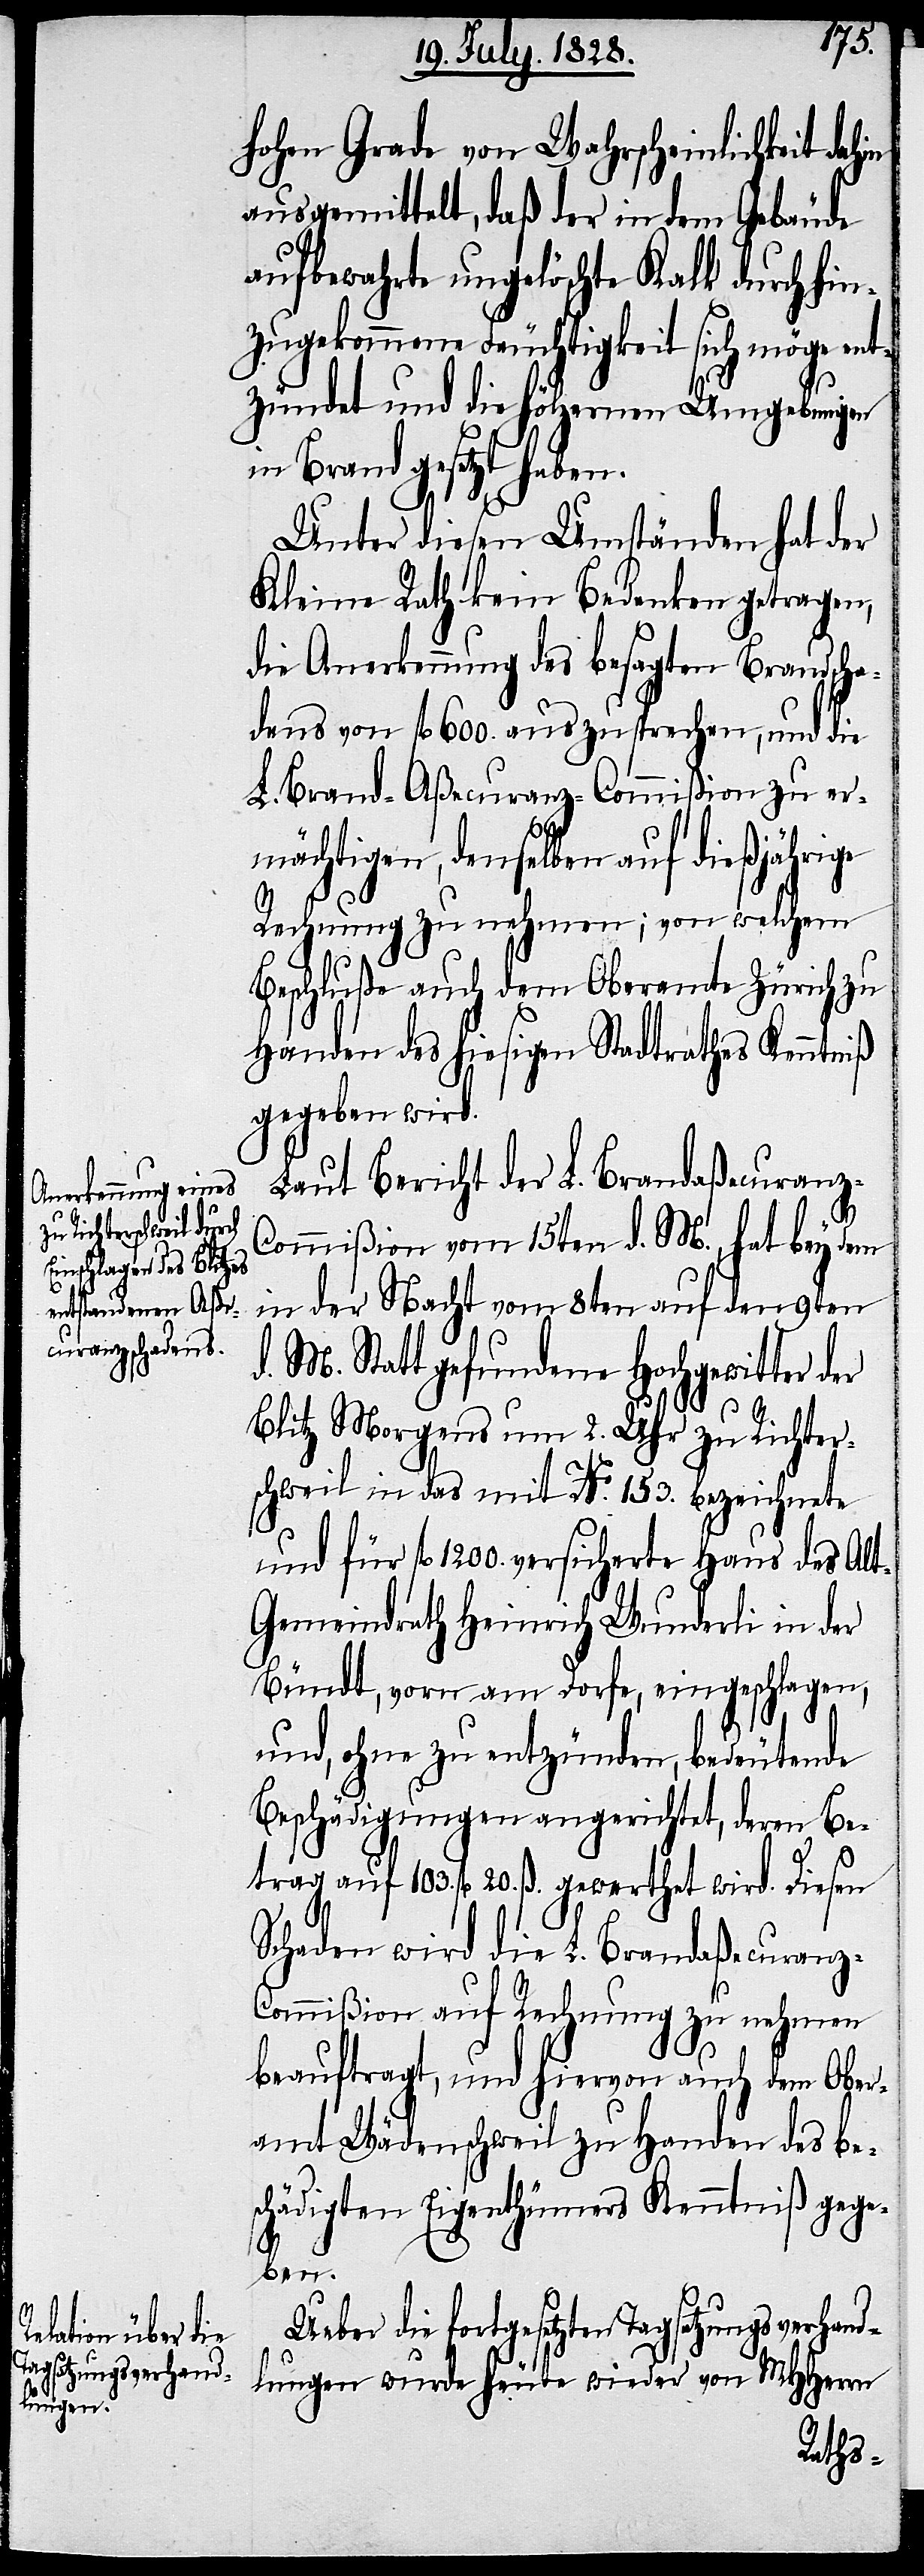
hohen Grade von Wahrscheinlichkeit dahin
ausgemittelt, daß der in dem Gebäude
aufbewahrte ungelöschte Kalk durch hin¬
zugekommene Feuchtigkeit sich möge ent¬
zündet und die hölzernen Umgebungen
in Brand gesetzt haben.
Unter diesen Umständen hat der
Kleine Rath kein Bedenken getragen,
die Anerkennung des besagten Brandscha¬
dens von fl. 600. auszusprechen, und die
L. Brand-Aßecuranz-Commißion zu er¬
mächtigen, denselben auf dießjährige
Rechnung zu nehmen; von welchem
Beschluße auch dem Oberamte Zürich zu
Handen des hiesigen Stadtrathes Kenntniß
gegeben wird.
Laut Bericht der L. Brandaßecuranz-C¬
ommißion vom 15ten d. M., hat bey dem
in der Nacht vom 8ten auf den 9ten
d. M. Statt gefundene Hochgewitter der
Blitz Morgens um 2. Uhr zu Richter¬
schweil in das mit No. 153. bezeichnete
und für fl. 1200. versicherte Haus des Al¬
t-Gemeindrath Heinrich Wunderli in der
Bündt, vorn am Dorfe, eingeschlagen,
und, ohne zu entzünden, bedeutende
Beschädigungen angerichtet, deren Be¬
trag auf 103. fl. 20. ß. gewerthet wird. Diesen
Schaden wird die L. Brand-Aßecuran¬
z-Commißion auf Rechnung zu nehmen
beauftragt, und hiervon auch dem Ober¬
amt Wädenschweil zu Handen des bes¬
chädigten Eigenthümers Kenntniß gege¬
ben.
Ueber die fortgesetzten Tagsatzungsverhand¬
lungen wurde heute wieder von MHHerrn